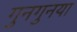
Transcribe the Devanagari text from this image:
गुनगुनया